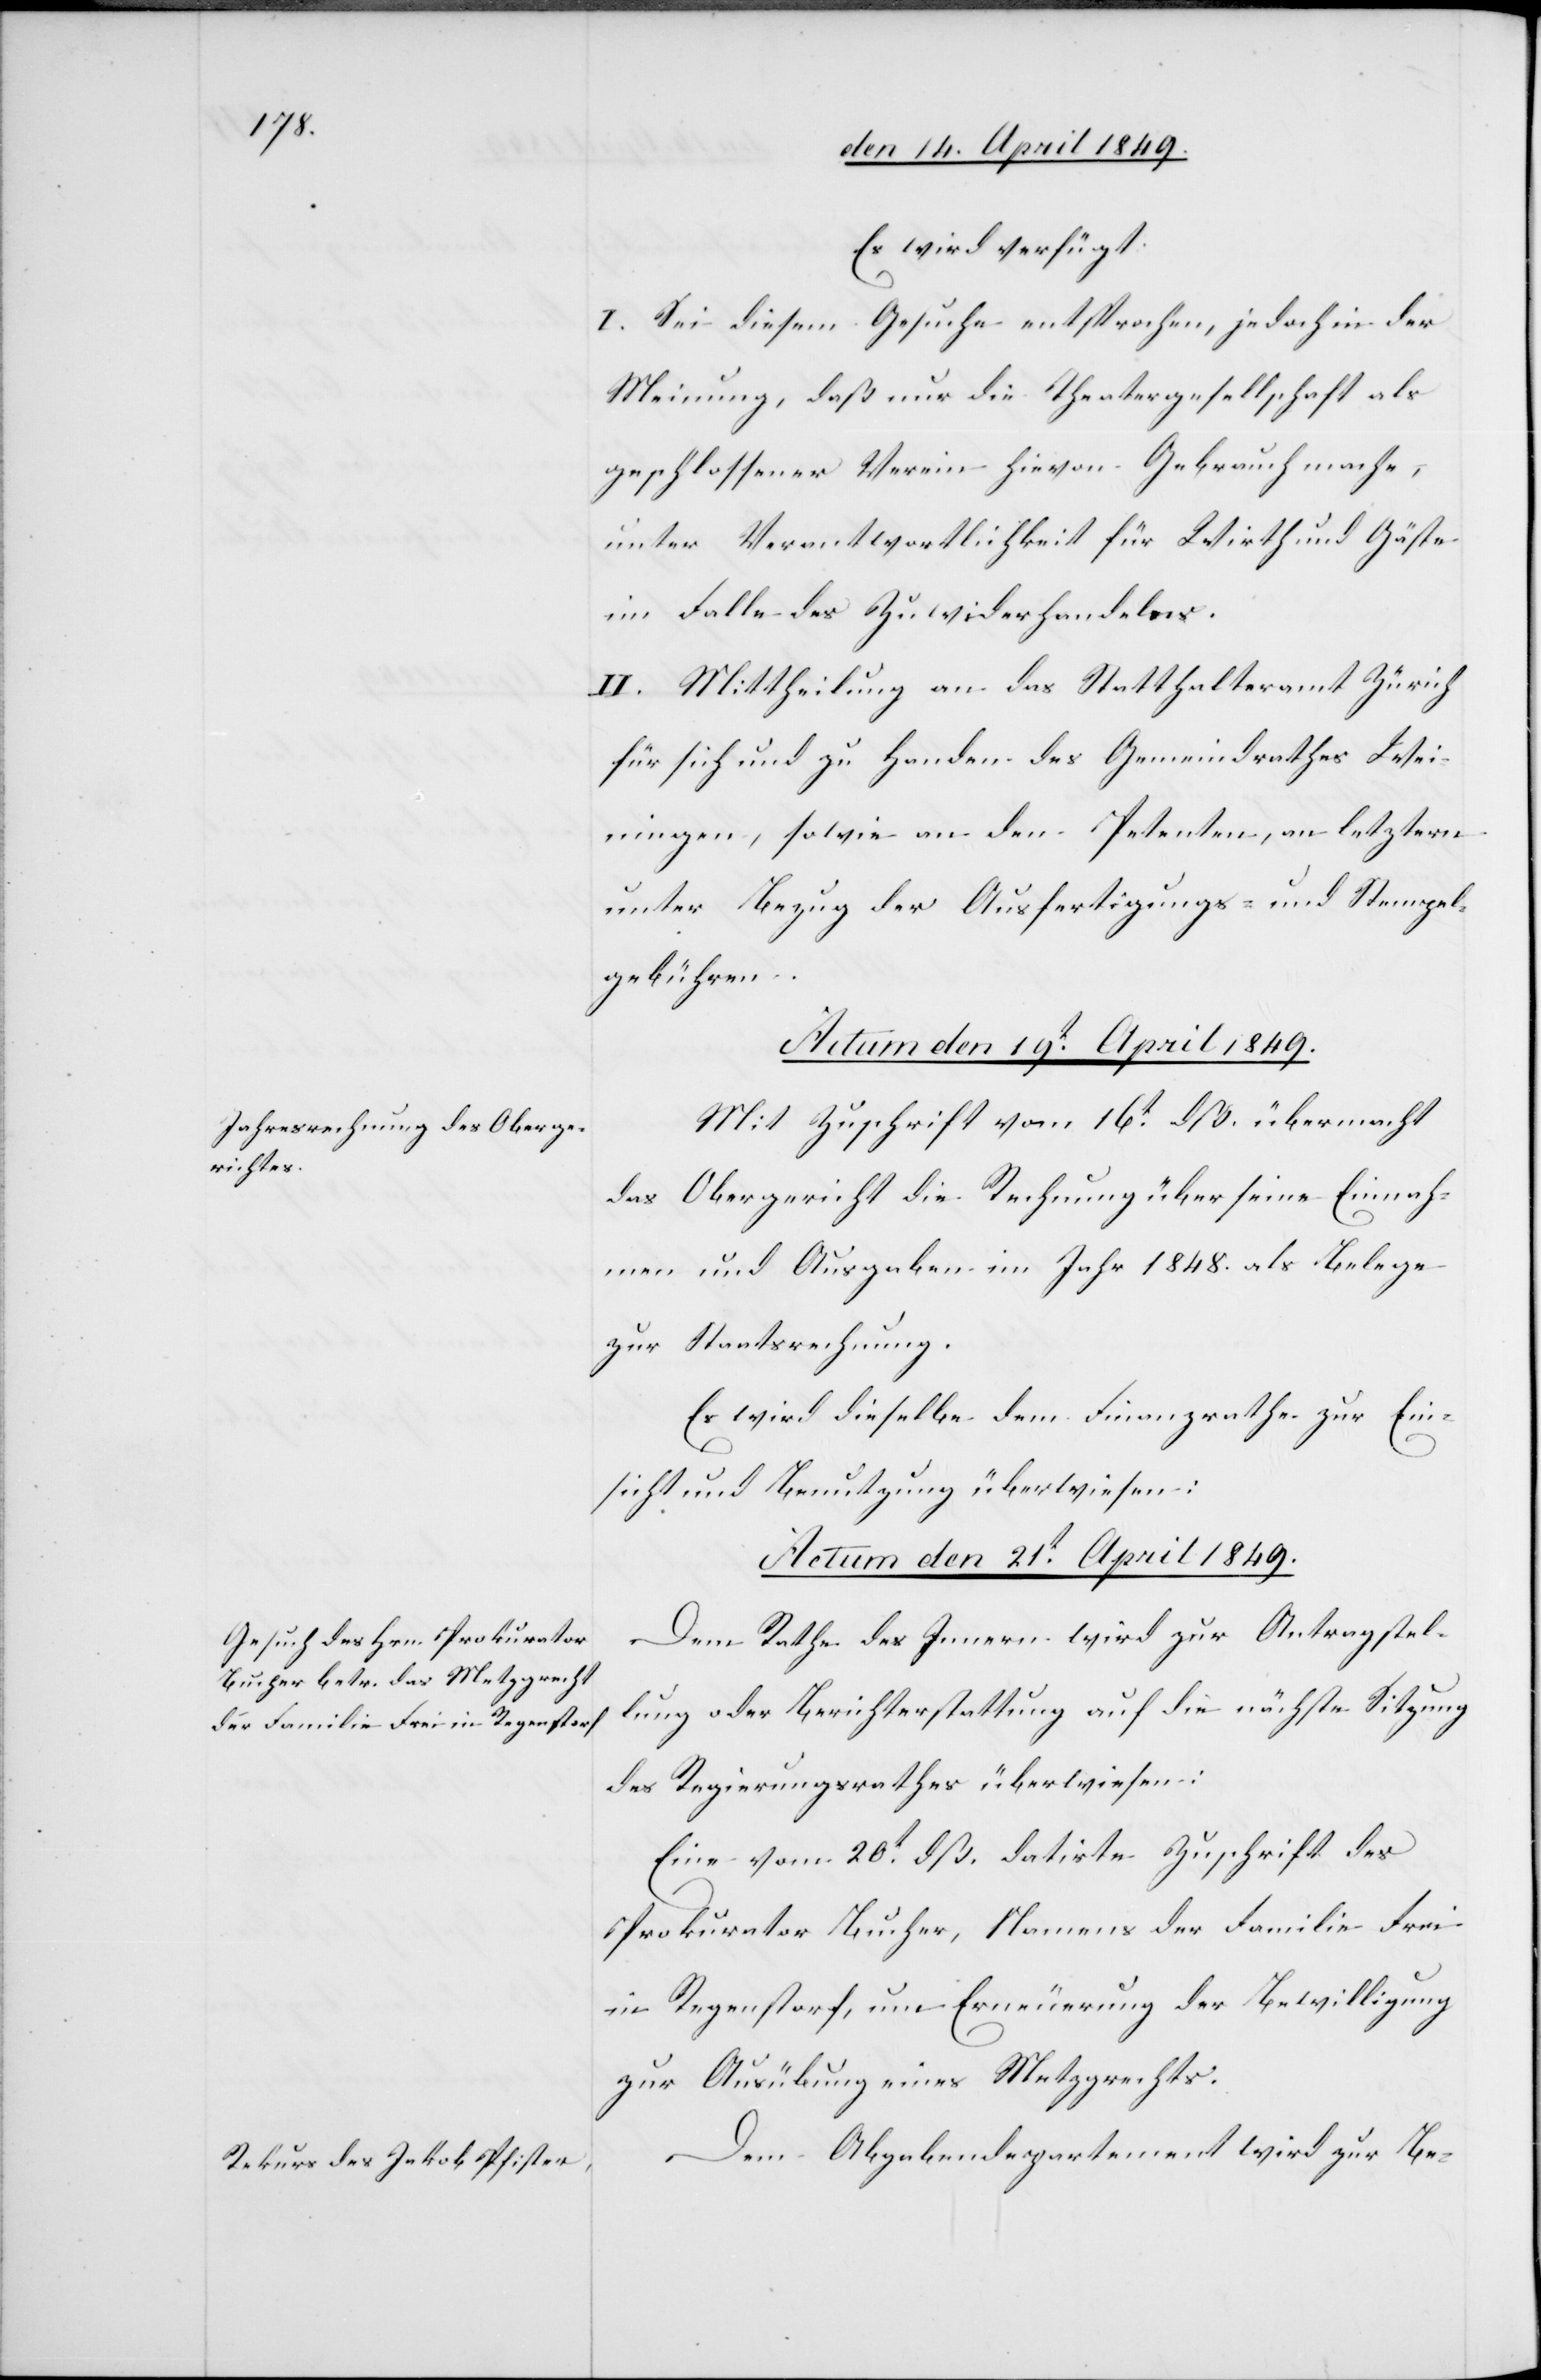
Es wird verfügt:
I. Sei diesem Gesuche entsprochen, jedoch in der
Meinung, daß nur die Theatergesellschaft als
geschlossener Verein hievon Gebrauch mache,
unter Verantwortlichkeit für Wirth und Gäste
im Falle des Zuwiderhandelns.
II. Mittheilung an das Statthalteramt Zürich
für sich und zu Handen des Gemeindrathes Wei¬
ningen, sowie an den Petenten, an letztern
unter Bezug der Ausfertigungs- und Stempel¬
gebühren.
Actum den 19t April 1849.
Mit Zuschrift vom 16t dß. übermacht
das Obergericht die Rechnung über seine Einnah¬
men und Ausgaben im Jahr 1848. als Belege
zur Staatsrechnung.
Es wird dieselbe dem Finanzrathe zur Ein¬
sicht und Benutzung überwiesen:
Actum den 21t April 1849.]
Dem Rathe des Innern wird zur Antragstel¬
lung oder Berichterstattung auf die nächste Sitzung
des Regierungsrathes überwiesen:
Eine vom 20t dß. datirte Zuschrift des
Prokurator Bucher, Namens der Familie Frei
in Regenstorf, um Erneuerung der Bewilligung
zur Ausübung eines Metzgrechts.
Dem Abgabendepartement wird zur Be-